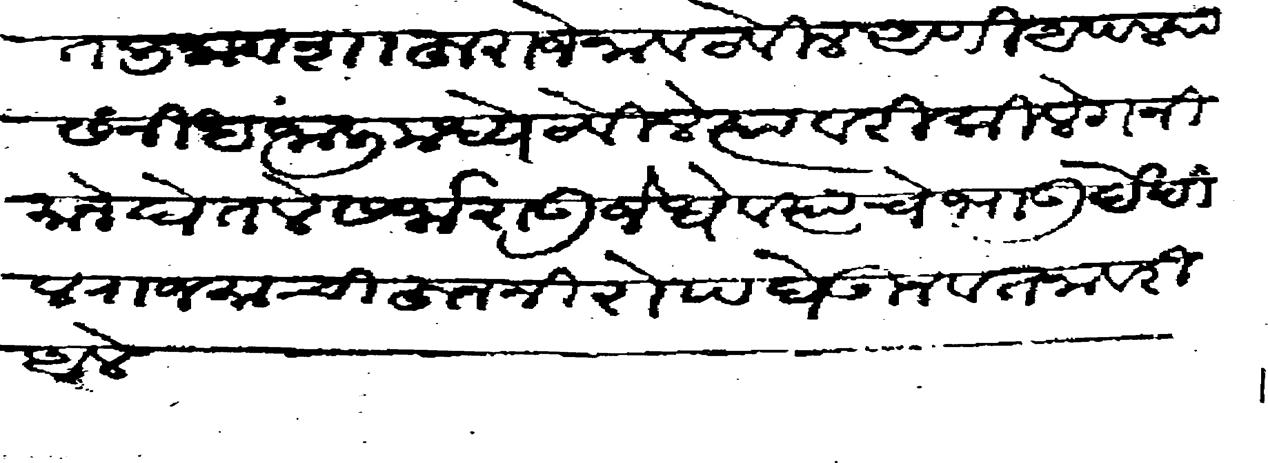
Transliteration (Devanagari): सांगितली नाव शाहुराजे नाव ठेविल आणी आपल्या संनीध जाली मध्ये ठेविले त्यावरी किले गनिमाने घेतले सर्जाराऊ जेधे व त्याचे भाऊ देखील राजमाचीहून निरोप घेऊन वतनावरी आले